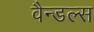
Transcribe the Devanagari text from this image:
वैन्डल्स